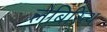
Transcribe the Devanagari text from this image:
लेबिरिन्थ